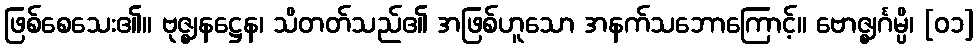
ဖြစ်စေသေး၏။ ဗုဇ္ဈနဋ္ဌေန၊ သိတတ်သည်၏ အဖြစ်ဟူသော အနက်သဘောကြောင့်။ ဗောဇ္ဈင်္ဂမ္ပိ၊ [၀၁]